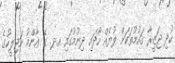
ކުދި ޖަޒީރާ ޤައުމުތަކަށް ލުޔެއް ހޯދައި ދިނުމުގައި އ.ދ. ގެ ޢާންމު މަޖިލީހުގެ